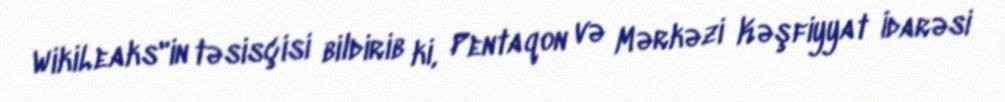
WikiLeaks"in təsisçisi bildirib ki, Pentaqon və Mərkəzi Kəşfiyyat İdarəsi